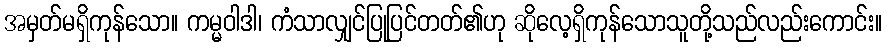
အမှတ်မရှိကုန်သော။ ကမ္မဝါဒါ၊ ကံသာလျှင်ပြုပြင်တတ်၏ဟု ဆိုလေ့ရှိကုန်သောသူတို့သည်လည်းကောင်း။